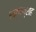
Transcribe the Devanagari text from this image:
रन्गफ्राह